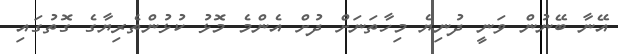
އޭނާ ބޭނުން ވަނީ ދުނިޔެ މިހާތަނަށް ދުށް އެންމެ މޮޅު ކުޅުންތެރިޔާގެ ގޮތުގައި